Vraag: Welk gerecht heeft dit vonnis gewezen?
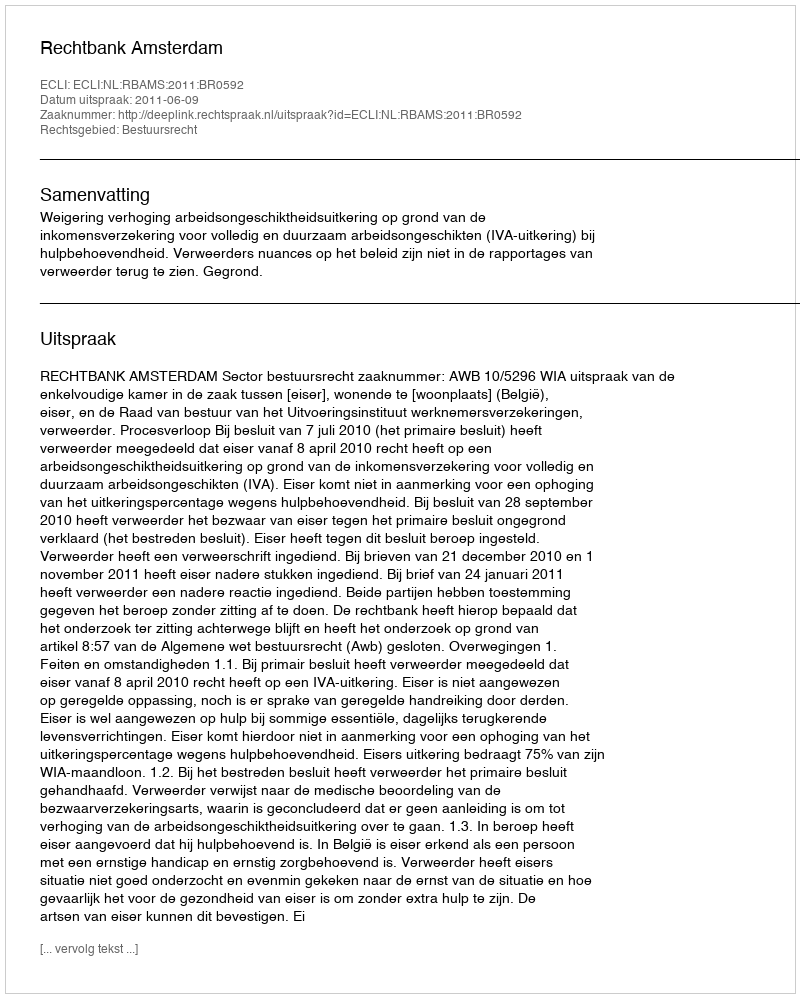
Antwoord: Rechtbank Amsterdam